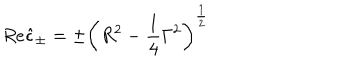
R e \hat { \epsilon } _ { \pm } = \pm \left( R ^ { 2 } - \frac 1 4 \Gamma ^ { 2 } \right) ^ { \frac 1 2 }